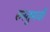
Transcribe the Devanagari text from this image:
रुस्तुमजी